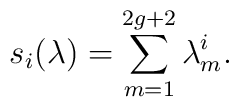
s_i(\lambda)=\sum_{m=1}^{2g+2}\lambda_m^{i}.